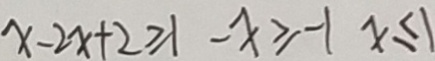
x - 2 x + 2 \geq 1 - x \geq - 1 x \leq 1